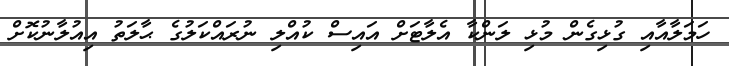
ހަމަލާއާއި ގުޅިގެން މުޅި ލަންކާ އެލާޓަށް އައިސް ކުއްލި ނުރައްކަލުގެ ޙާލަތު އިއުލާނުކޮށް